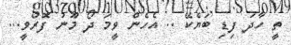
ތީ ހާދަ ފިޑި ބަޔެކޭ .. އެހެން ވީމަ ދޯ މޫނު ފޮރުވީީ...